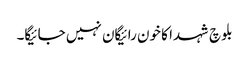
بلوچ شہدا کا خون رائیگان نہیں جائیگا۔